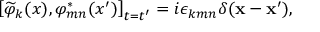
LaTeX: \left[ \widetilde { \varphi } _ { k } ( x ) , \varphi _ { m n } ^ { * } ( x ^ { \prime } ) \right] _ { t = t ^ { \prime } } = i \epsilon _ { k m n } \delta ( \mathbf { x } - \mathbf { x } ^ { \prime } ) ,